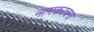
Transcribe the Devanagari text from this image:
नामकरचना